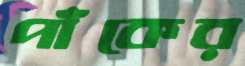
পাঁকের